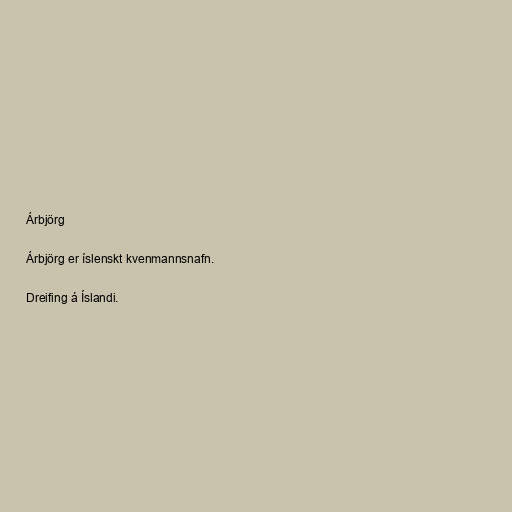
Árbjörg

Árbjörg er íslenskt kvenmannsnafn.

Dreifing á Íslandi.